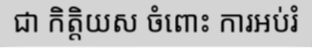
ជា កិត្តិយស ចំពោះ ការអប់រំ